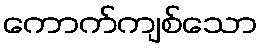
ကောက်ကျစ်သော